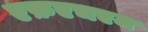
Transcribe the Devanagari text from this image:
एफ़एचएम